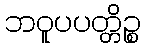
ဘဝူပပတ္တိဉ္စ